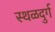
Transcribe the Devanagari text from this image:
स्थळदुर्ग